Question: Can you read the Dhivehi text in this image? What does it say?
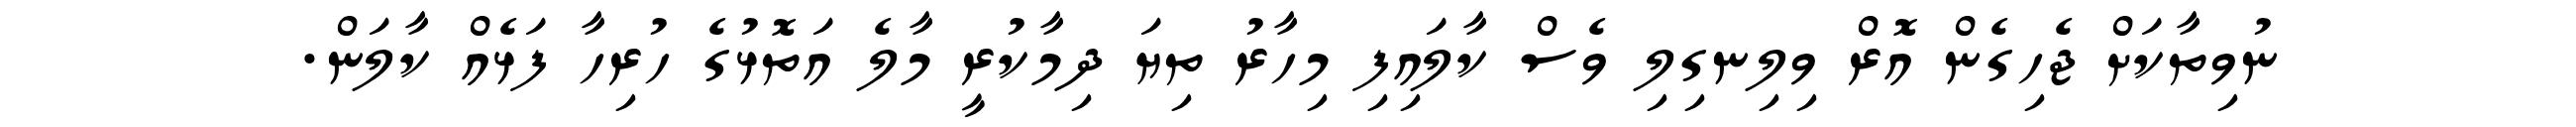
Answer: ނުވިތާކަށް ޖެހިގެން އޮރް ވިލިނގިލި ވެސް ކާލައިފި މިހާރު ތިޔަ ދިމާކުރީ މާލެ އަތޮޅުގެ ހުރިހާ ފަޅެއް ކާލަން.